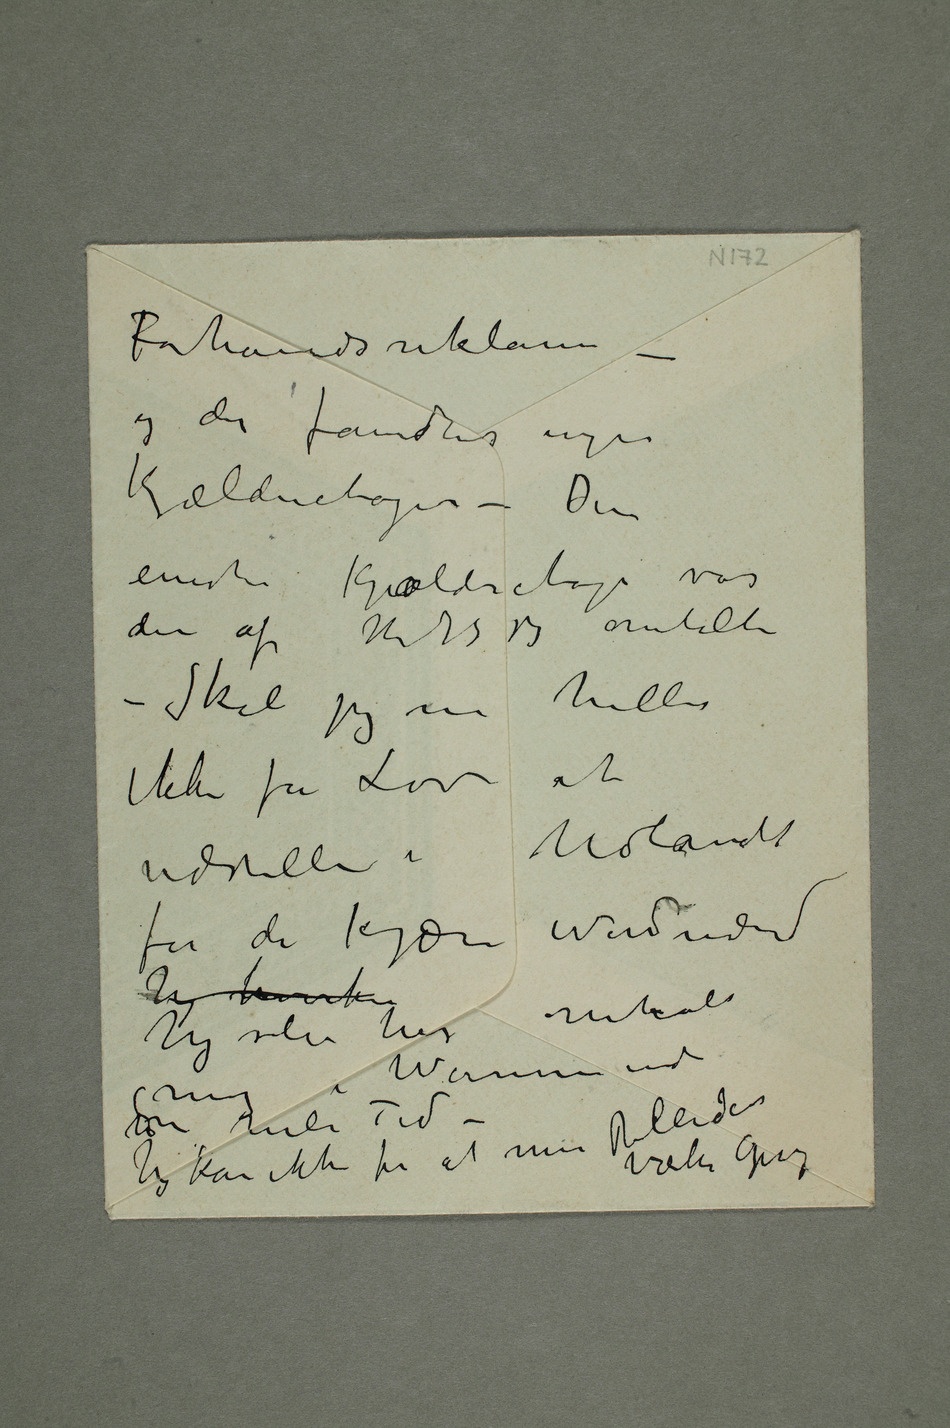
Forhåndsreklame –
og der fandtes ingen
Kjælderetager – Den
eneste Kjeælderetage var
den af Nilsen? KL jeg omtalte
– Skal jeg nu heller
ikke få Lov at
udstille i Udlandet
for de kjære Nordmænd
Jeg hverken
Jeg selv har omtalt
Jeg kan ikke for at mine Billeder væker